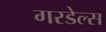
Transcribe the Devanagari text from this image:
गरडेल्स